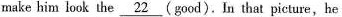
make him look the \underline {22}(good).In that picture,he